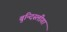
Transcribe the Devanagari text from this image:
बुन्दिस्लीगा